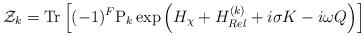
LaTeX: \begin{align*}{\cal Z}_{k}={\rm Tr}\left[(-1)^{F} {\rm P}_{k} \exp\left(H_{\chi}+H^{(k)}_{Rel}+i\sigma K -i \omega Q\right)\right] \end{align*}